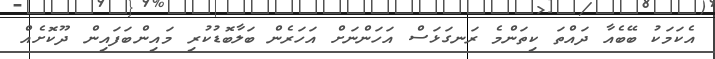
އެކަމަކު ބޭބެއާ ދައްތަ ކިތަންމެ ރަނގަޅަސް އަހަންނަށް އަހަރެން ބަލާބޮޑުކުރި މައިންބަފައިން ދޫކޮށެއް